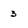
Character: 3